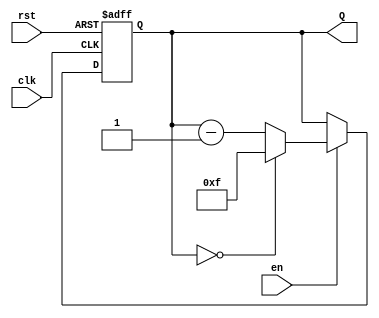
module binary_down_counter (
    input wire clk,       // Clock signal
    input wire rst,       // Asynchronous reset signal
    input wire en,        // Enable signal
    output reg [3:0] Q    // 4-bit output count
);

    // Maximum count value for a 4-bit counter
    localparam MAX_COUNT = 4'b1111; // 15 in decimal

    // Always block triggered on the rising edge of the clock or when reset is asserted
    always @(posedge clk or posedge rst) begin
        if (rst) begin
            // Reset the counter to maximum value
            Q <= MAX_COUNT;
        end else if (en) begin
            // Decrement the counter if enabled
            if (Q == 4'b0000) begin
                // Wrap around to maximum count value
                Q <= MAX_COUNT;
            end else begin
                // Decrement the counter
                Q <= Q - 1;
            end
        end
        // If enable is low, retain the current value of Q
    end

endmodule